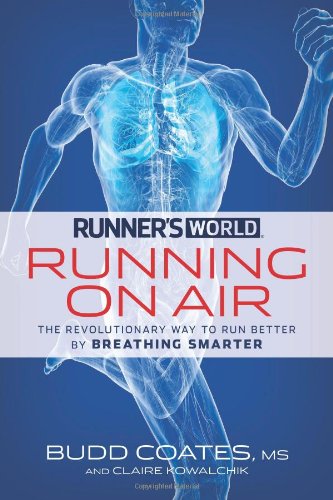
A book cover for Runner's World Running on Air: The Revolutionary Way to Run Better by Breathing Smarter; Budd Coates; Sports & Outdoors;